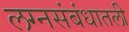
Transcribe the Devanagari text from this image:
लग्नसंबंधातली